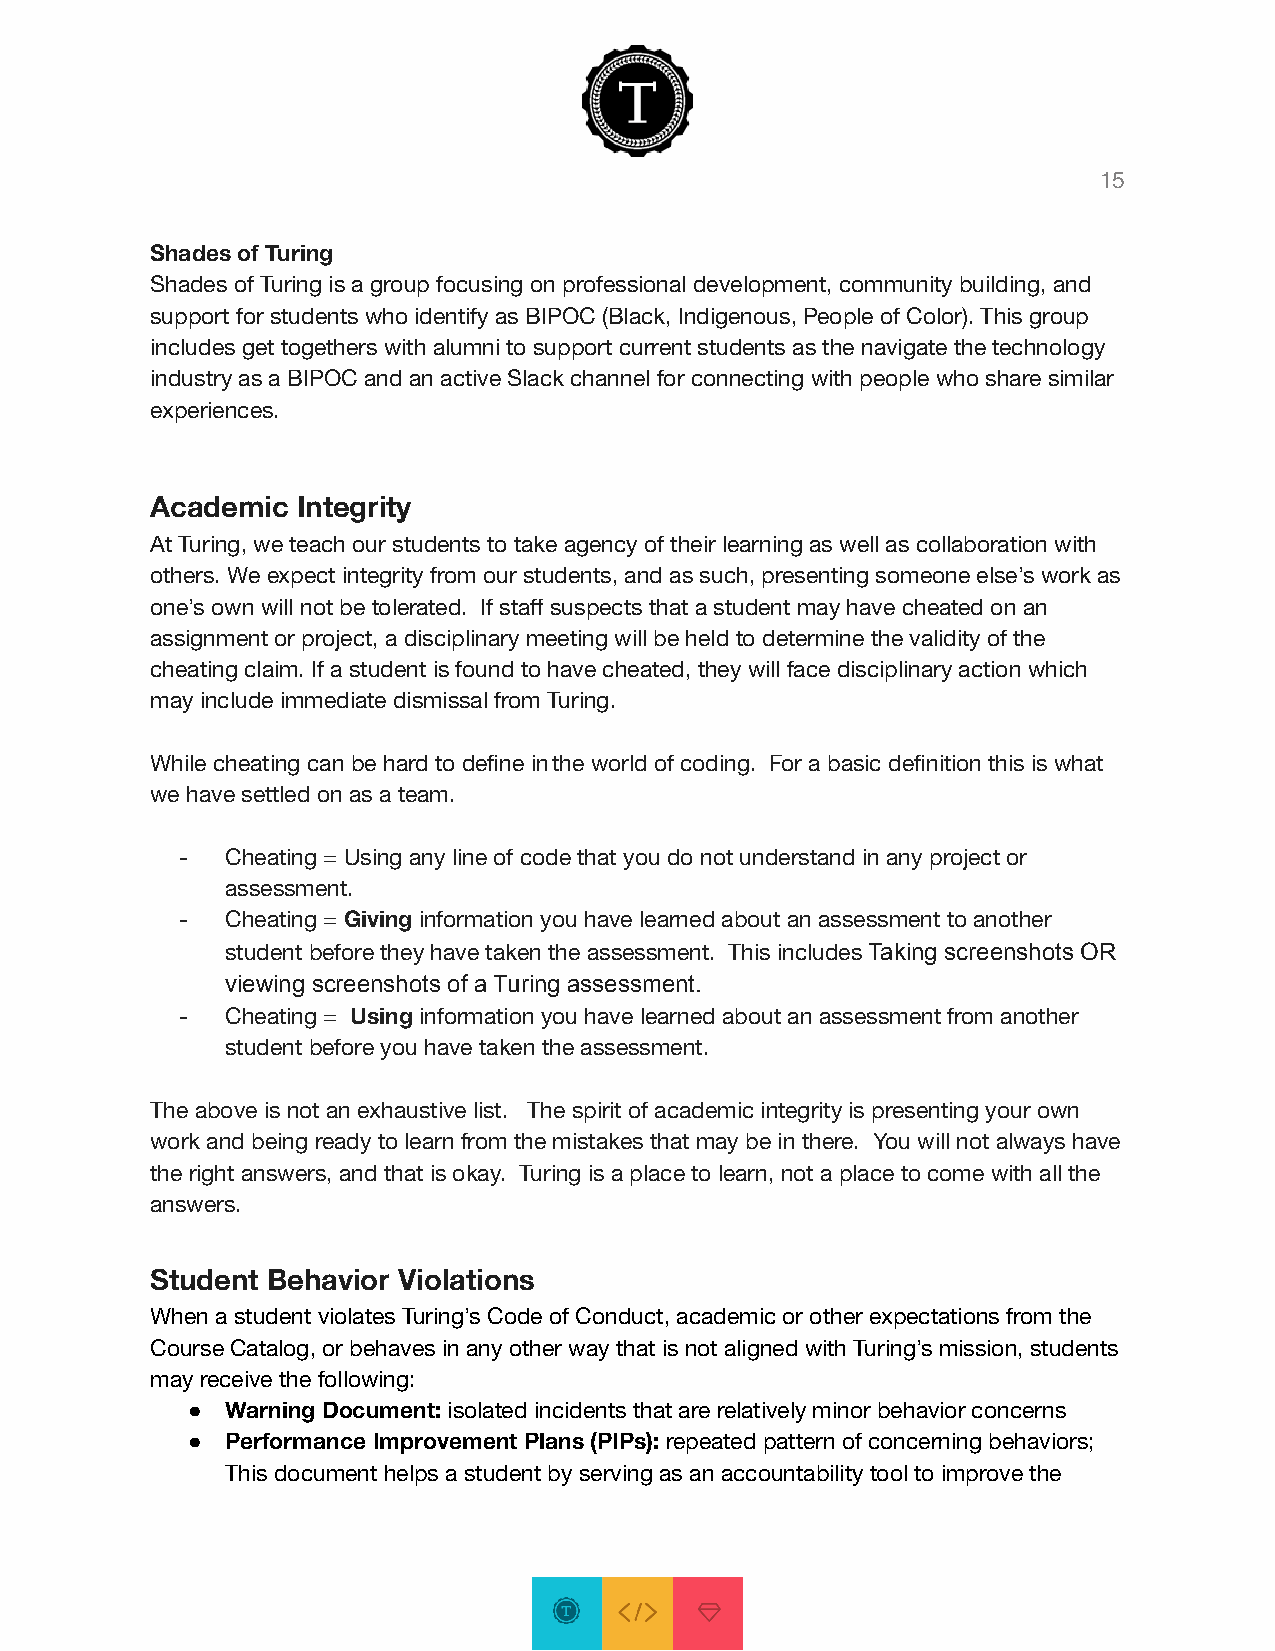
15
 Shades of Turing
 Shades of Turing is a group focusing on professional development, community building, and
 support for students who identify as BIPOC (Black, Indigenous, People of Color). This group
 includes get togethers with alumni to support current students as the navigate the technology
 industry as a BIPOC and an active Slack channel for connecting with people who share similar
 experiences.
 Academic  Integrity
 At Turing, we teach our students to take agency of their learning as well as collaboration with
 others. We expect integrity from our students, and as such, presenting someone else’s work as
 one’s own will not be tolerated. If staff suspects that a student may have cheated on an
 assignment or project, a disciplinary meeting will be held to determine the validity of the
 cheating claim. If a student is found to have cheated, they will face disciplinary action which
 may include immediate dismissal from Turing.
 While cheating can be hard to define inthe world of coding. For a basic definition this is what
 we have settled on as a team.
 -  Cheating = Using any line of code that you do not understand in any project or
 assessment.
 -  Cheating = Giving information you have learned about an assessment to another
 student before they have taken the assessment. This includes Taking screenshots OR
 viewing screenshots of a Turing assessment.
 -  Cheating = Using information you have learned about an assessment from another
 student before you have taken the assessment.
 The above is not an exhaustive list. The spirit of academic integrity is presenting your own
 work and being ready to learn from the mistakes that may be in there. You will not always have
 the right answers, and that is okay. Turing is a place to learn, not a place to come with all the
 answers.
 Student Behavior Violations
 When a student violates Turing’s Code of Conduct, academic or other expectations from the
 Course Catalog, or behaves in any other way that is not aligned with Turing’s mission, students
 may receive the following:
 ●  Warning Document: isolated incidents that are relatively minor behavior concerns
 ●  Performance Improvement Plans (PIPs): repeated pattern of concerning behaviors;
 This document helps a student by serving as an accountability tool to improve the